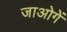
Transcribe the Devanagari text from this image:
जाओगें